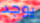
يوجد